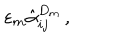
LaTeX: \varepsilon _ { m } \hat { \alpha } _ { i j } ^ { D _ { m } } \, ,